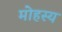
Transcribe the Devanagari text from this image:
मोहस्य